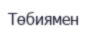
Төбиямен